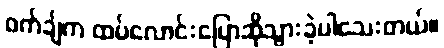
ဝက်ချ်က ထပ်လောင်းပြောဆိုသွားခဲ့ပါသေးတယ်။